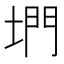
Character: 𡍜